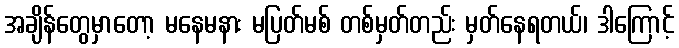
အချိန်တွေမှာတော့ မနေမနား မပြတ်မစ် တစ်မှတ်တည်း မှတ်နေရတယ်၊ ဒါကြောင့်